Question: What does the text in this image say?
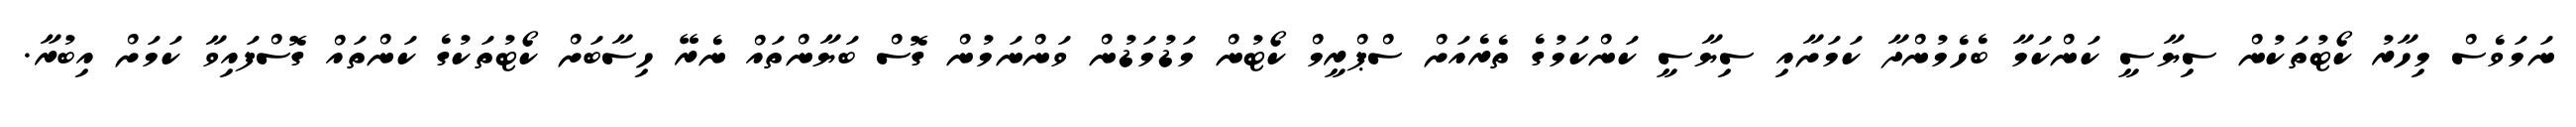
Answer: ނަމަވެސް މިހާރު ކޯޓުތަކުން ސިޔާސީ ކަންކަމާ ބެހެމުންދާ ކަމަށާއި ސިޔާސީ ކަންކަމުގެ ތެރެއަށް ސްޕްރީމް ކޯޓުން މަޑުމަޑުން ވަންނަމުން ގޮސް ބަޔާންތައް ނެރޭ ހިސާބަށް ކޯޓުތަކުގެ ކަންތައް ގޮސްފައިވާ ކަމަށް އިބުރާ.